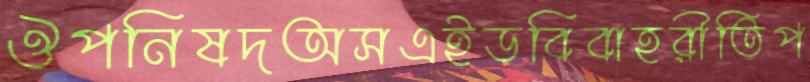
ঔপনিষদঅসএইডবিবাহরীতিপ